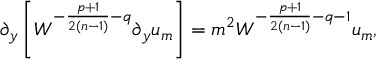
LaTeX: \partial _ { y } \left[ { \cal W } ^ { - { \frac { p + 1 } { 2 ( n - 1 ) } } - q } \partial _ { y } u _ { m } \right] = m ^ { 2 } { \cal W } ^ { - { \frac { p + 1 } { 2 ( n - 1 ) } } - q - 1 } u _ { m } ,